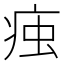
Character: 痋